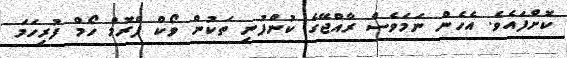
ކޮށްފައެވެ. އެހެން ނަމަވެސް ރާއްޖޭގެ ކުންފުނި ތަކުން ވޯކް ފްރޮމް ހޯމް ފުރިހަމަ